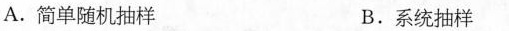
A.简单随机抽样 B.系统抽样